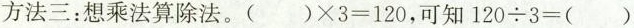
方法三：想乘法算除法。( )$$ \times 3 = 1 2 0$$，可知$$1 2 0 \div 3 =$$( )